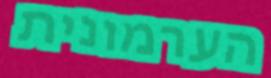
הערמונית